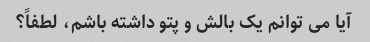
آیا می توانم یک بالش و پتو داشته باشم، لطفاً؟